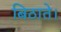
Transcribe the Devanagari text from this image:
बिठाते।